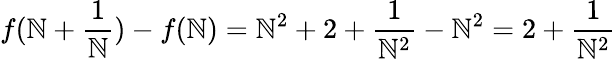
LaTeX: f(\mathbb{N}+{\frac{{1}}{{\mathbb{N}}}})-f(\mathbb{N})=\mathbb{N}^{2}+2+{\frac{{1}}{{\mathbb{N}^{2}}}}-\mathbb{N}^{2}=2+{\frac{{1}}{{\mathbb{N}^{2}}}}